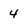
Character: 4